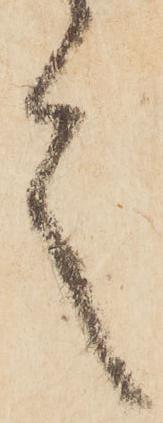
言